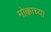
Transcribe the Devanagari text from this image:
मोक्काच्या